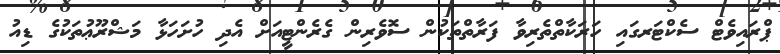
ޕްރައިވެޓް ސެކްޓަރގައި ހަރަކާތްތެރިވާ ފަރާތްތަކުން ސޮވެރިން ގެރެންޓީއަށް އެދި ހުށަހަޅާ މަޝްރޫޢުތަކުގެ ޑިއު